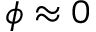
\phi \approx 0